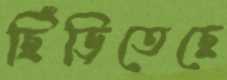
ছিঁড়িতেছে